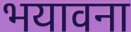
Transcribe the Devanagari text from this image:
भयावना